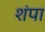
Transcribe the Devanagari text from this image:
शंपा